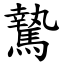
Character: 騺